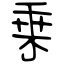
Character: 乗